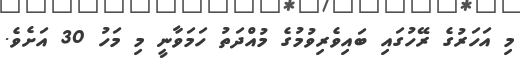
މި އަހަރުގެ ރޭހުގައި ބައިވެރިވުމުގެ މުއްދަތު ހަމަވާނީ މި މަހު 30 އަށެވެ.